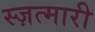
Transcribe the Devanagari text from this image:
स्ज़त्मारी